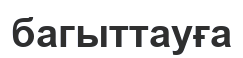
багыттауға